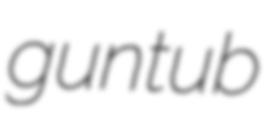
guntub